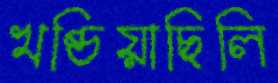
খণ্ডিয়াছিলি